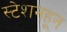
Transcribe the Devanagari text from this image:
स्टेशनहून